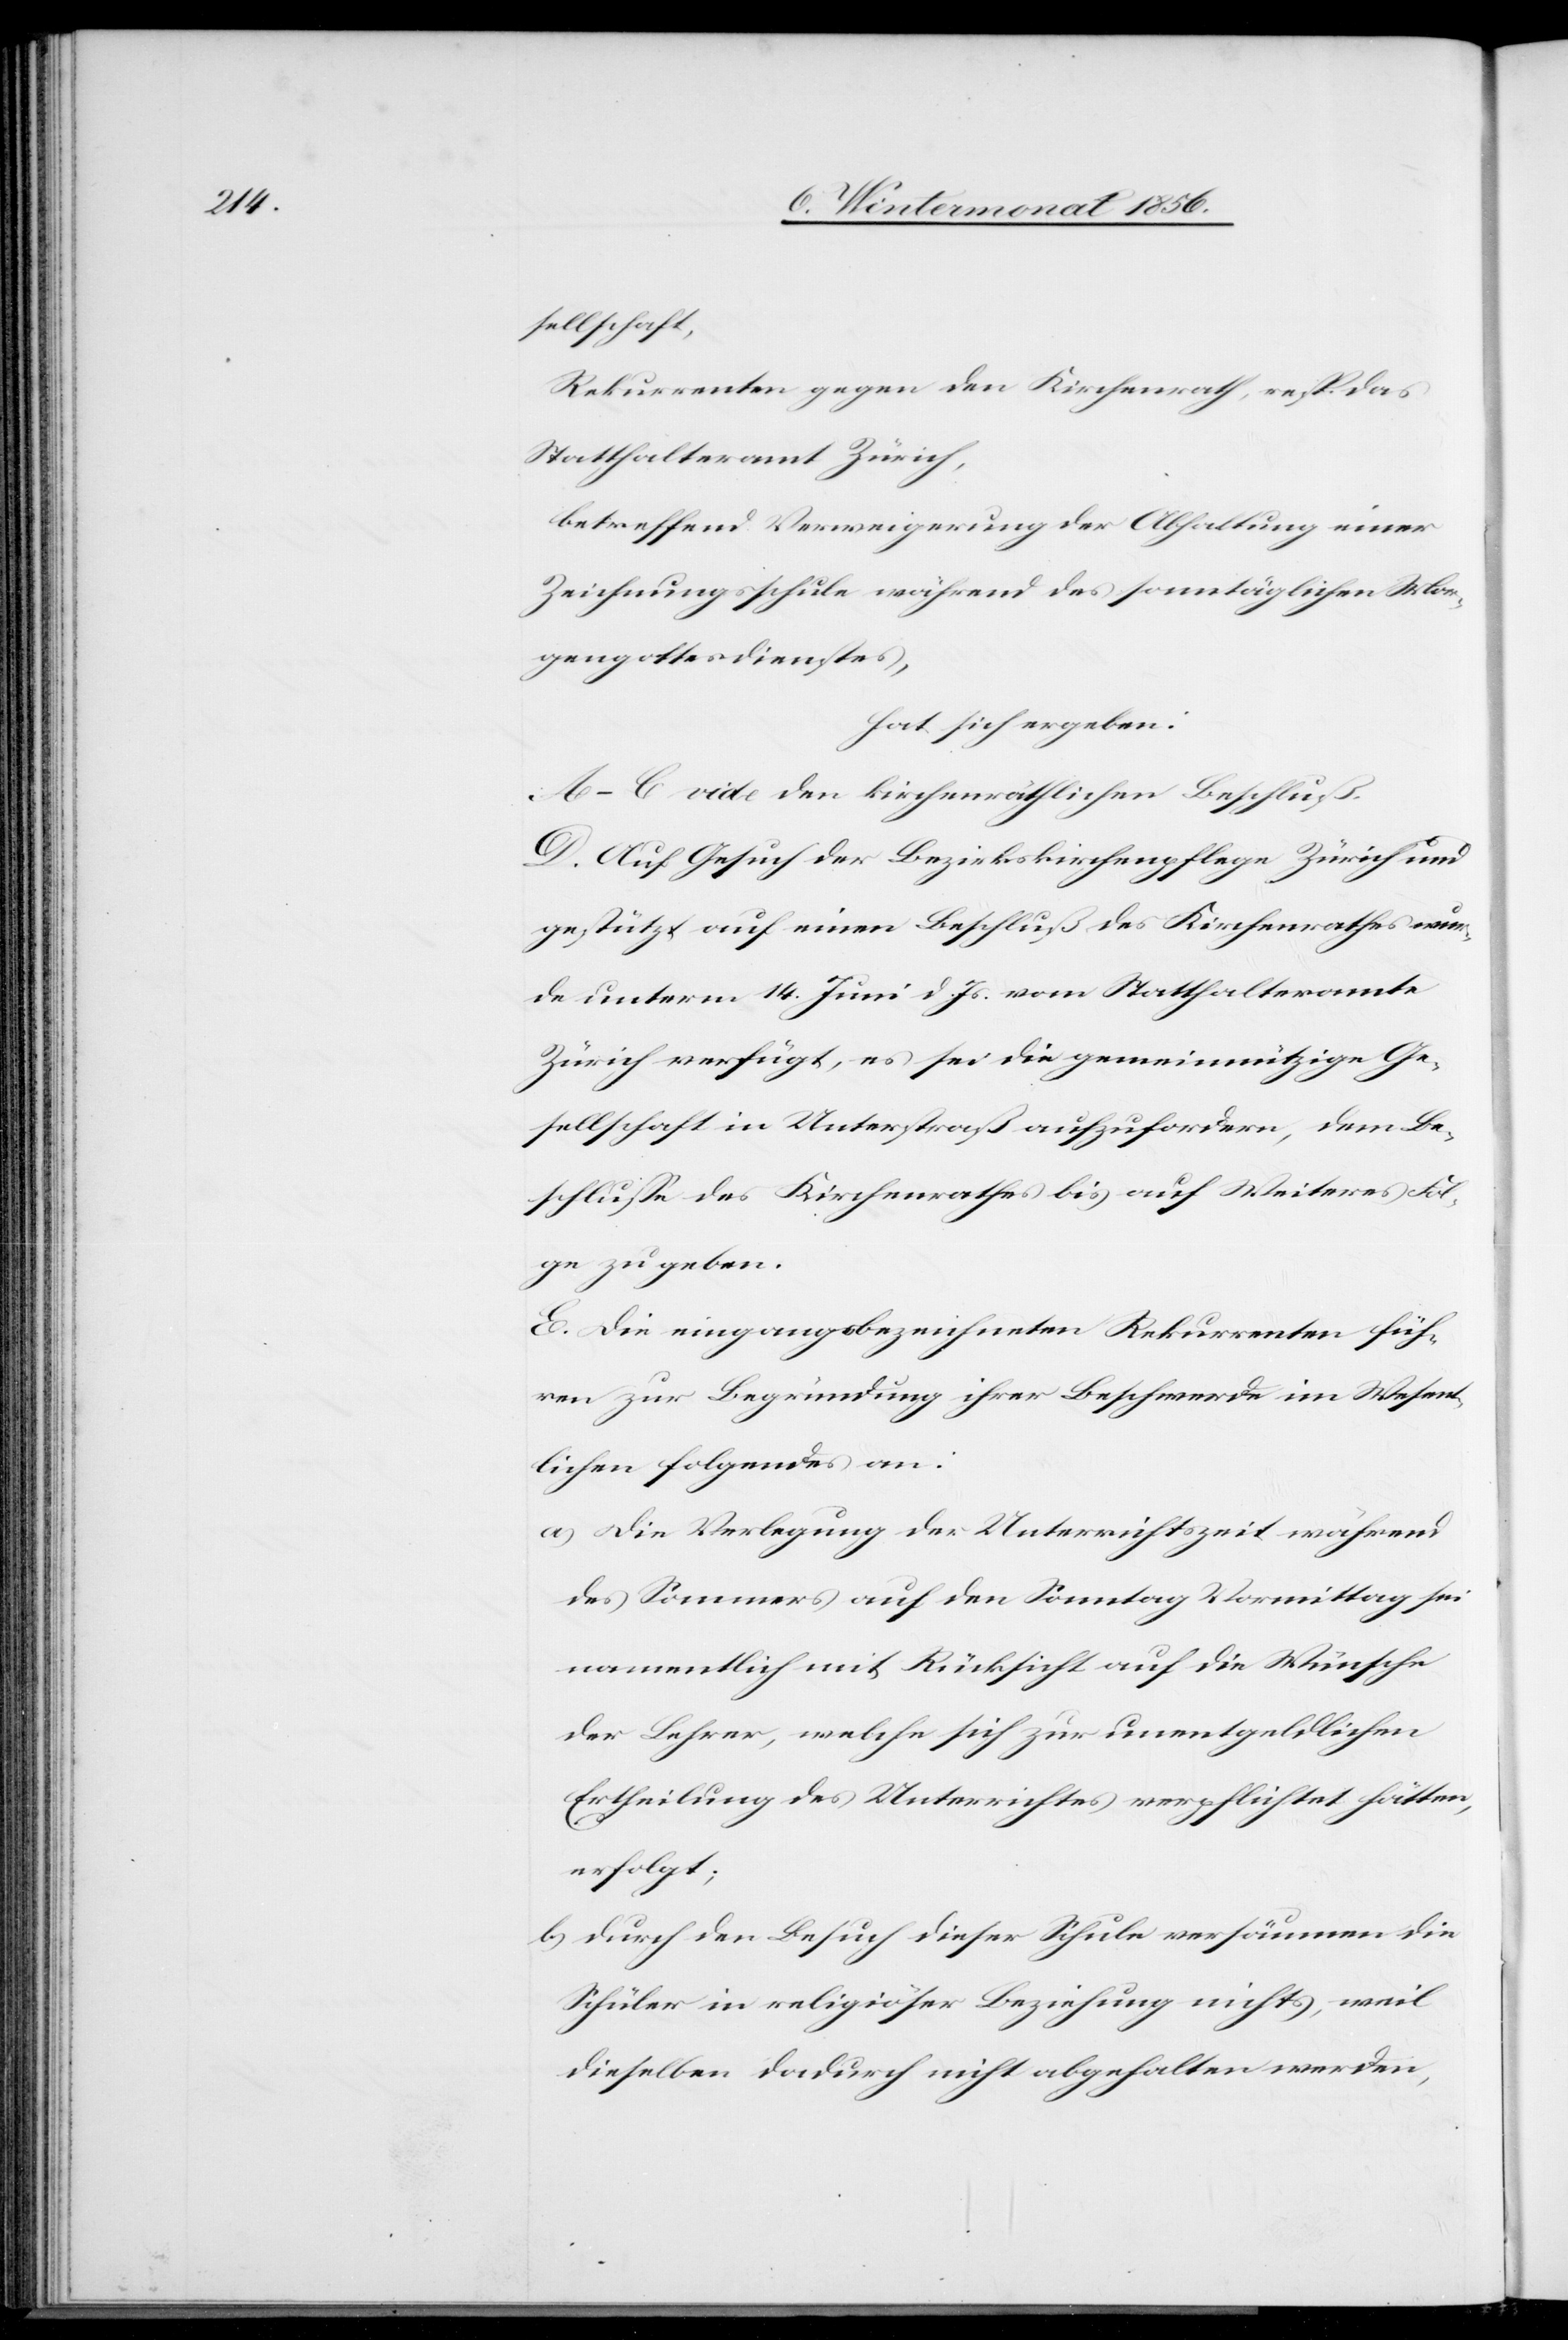
sellschaft,
Rekurrenten gegen den Kirchenrath, resp. das
Statthalteramt Zürich,
betreffend Verweigerung der Abhaltung einer
Zeichnungsschule während des sonntäglichen Mor¬
gengottesdienstes,
hat sich ergeben:
A.–C. vide den kirchenräthlichen Beschluß.
D. Auf Gesuch der Bezirkskirchenpflege Zürich und
gestützt auf einen Beschluß des Kirchenrathes wur¬
de unterm 14. Juni d. Js. vom Statthalteramte
Zürich verfügt, es sei die gemeinnützige Ge¬
sellschaft in Unterstraß aufzufordern, dem Be¬
schlusse des Kirchenrathes bis auf Weiteres Fol¬
ge zu geben.
E. Die eingangsbezeichneten Rekurrenten füh¬
ren zur Begründung ihrer Beschwerde im Wesent¬
lichen folgendes an:
a.) Die Verlegung der Unterrichtszeit während
des Sommers auf den Sonntag Vormittag sei
namentlich mit Rücksicht auf die Wünsche
der Lehrer, welche sich zur unentgeldlichen
Ertheilung des Unterrichtes verpflichtet hätten,
erfolgt;
b.) Durch den Besuch dieser Schule versäumen die
Schüler in religiöser Beziehung nichts, weil
dieselben dadurch nicht abgehalten werden,